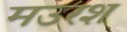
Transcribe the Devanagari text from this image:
मउरश